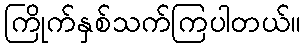
ကြိုက်နှစ်သက်ကြပါတယ်။